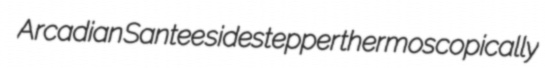
Arcadian Santee sidestepper thermoscopically